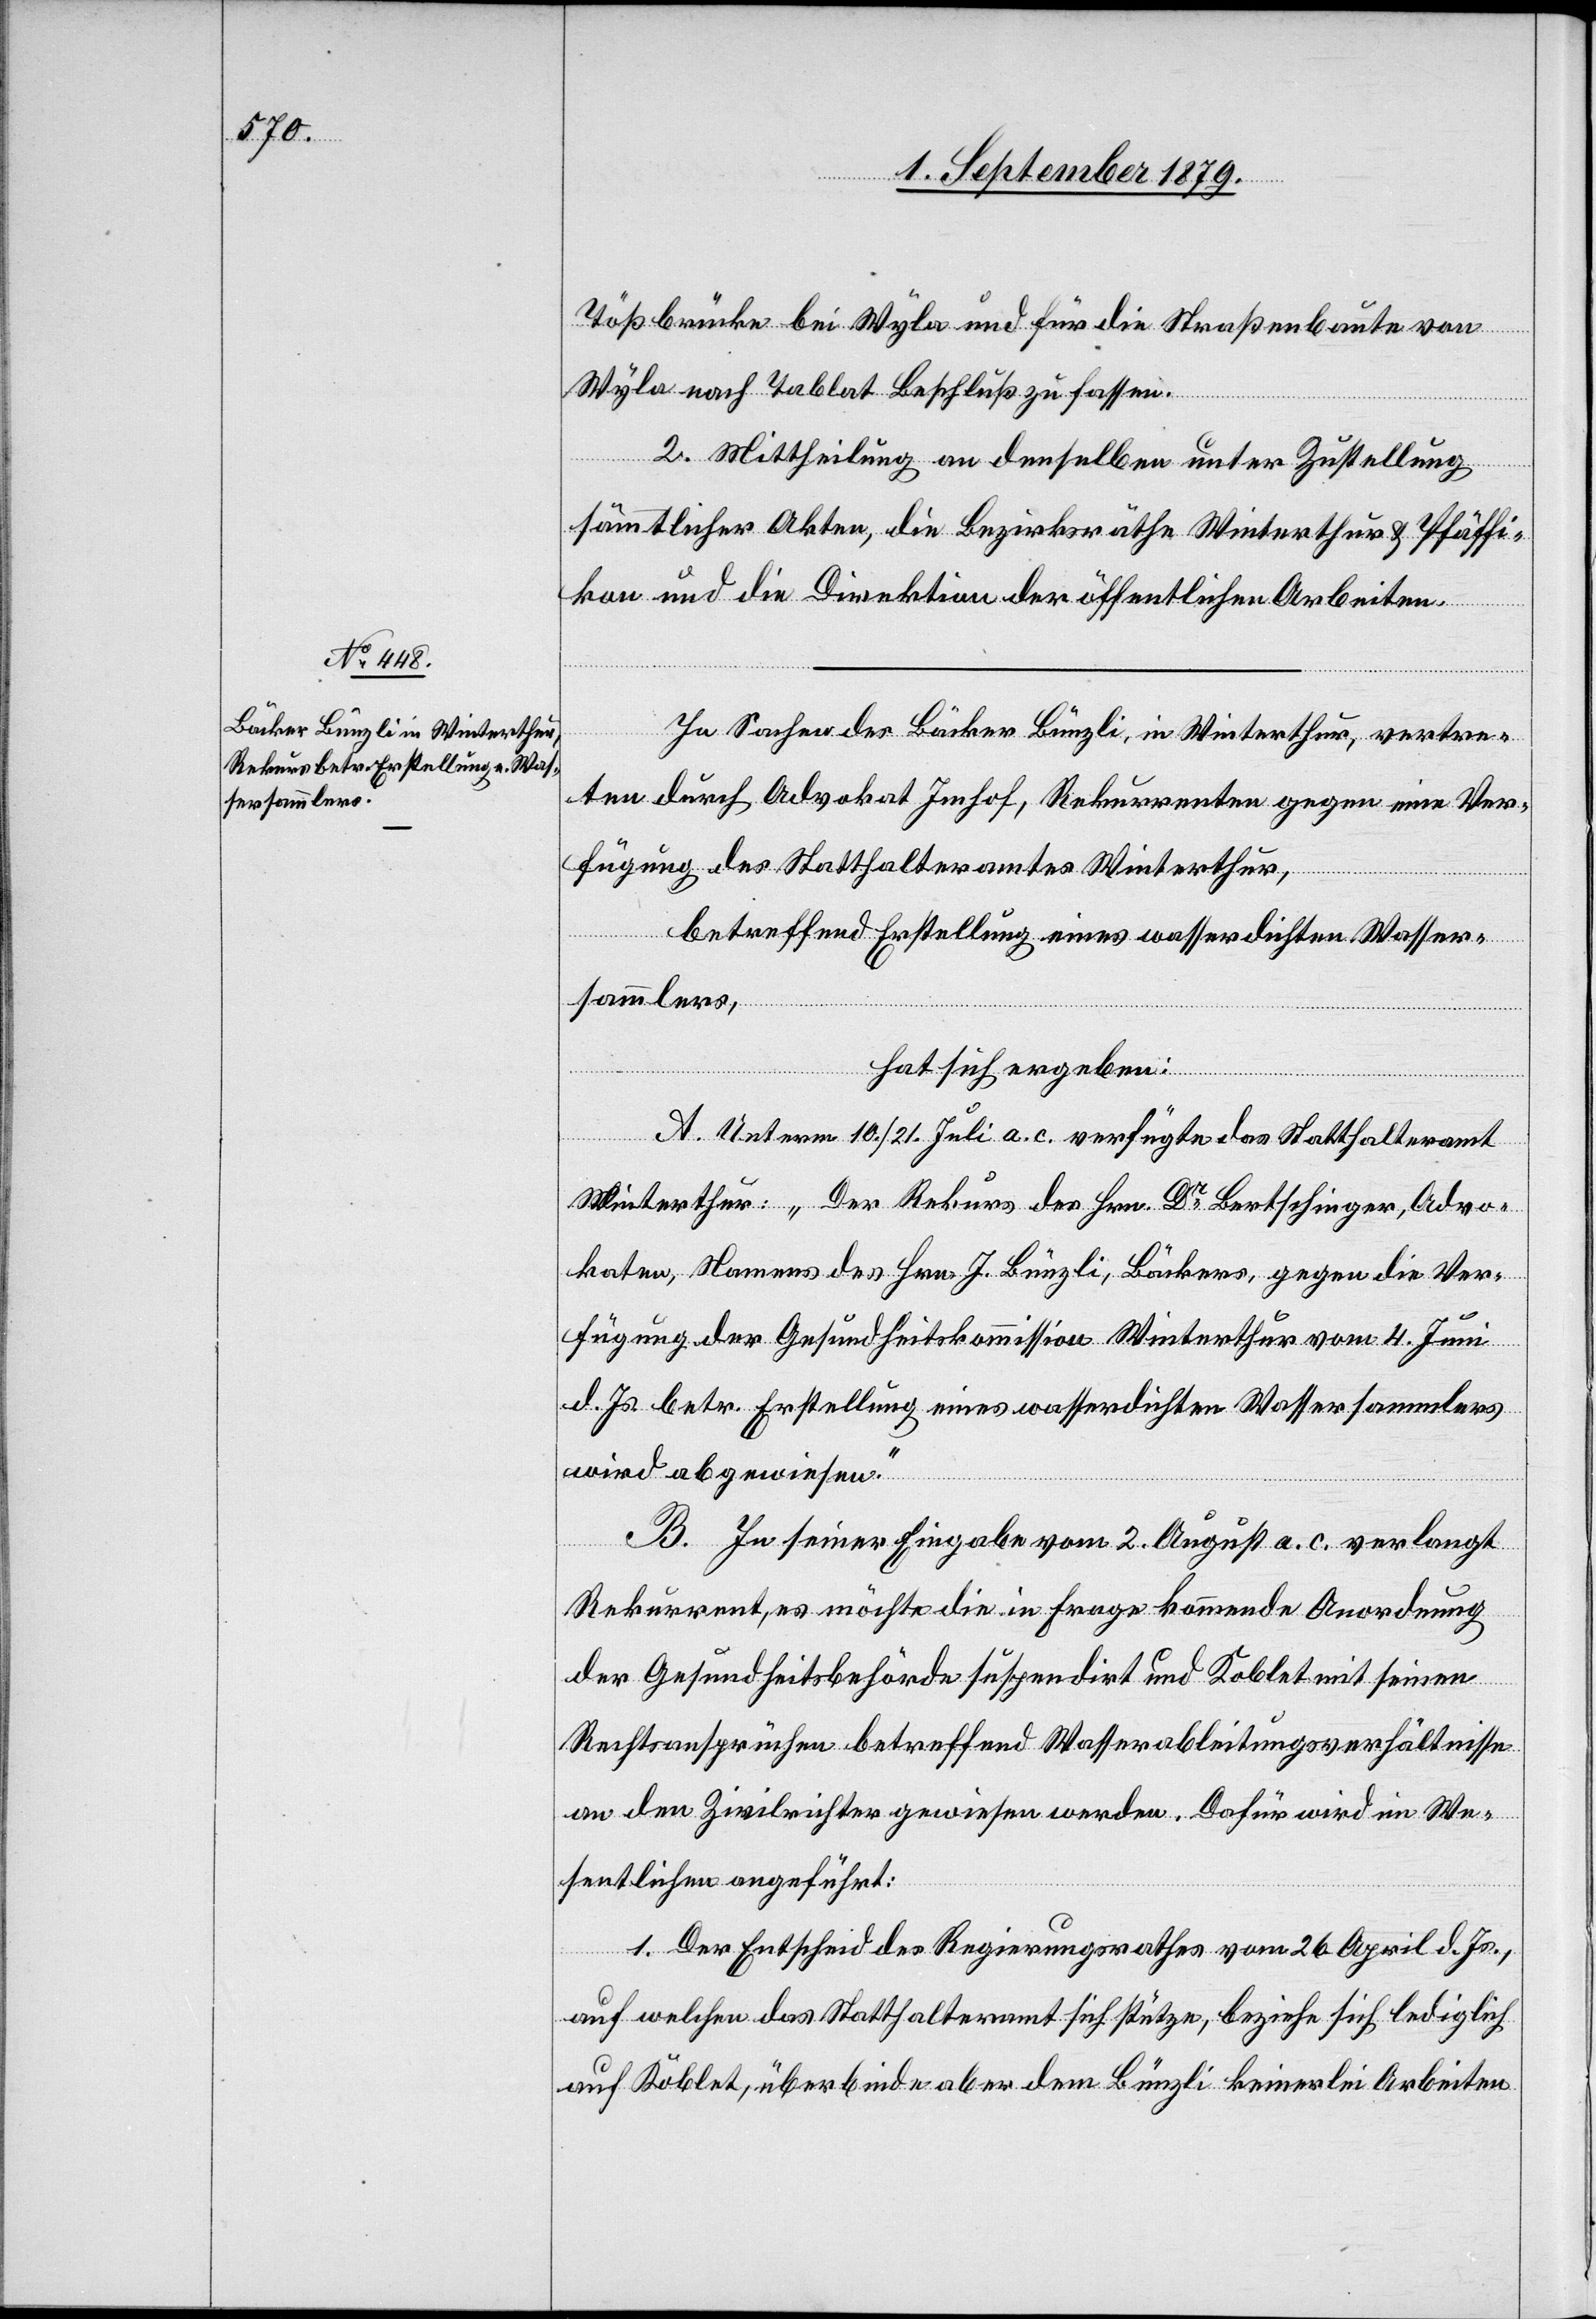
Wyla nach Tablat Beschluß zu fassen.
von
2. Mittheilung an denselben unter Zustellung
sämmtlicher Akten, die Bezirksräthe Winterthur & Pfäffi¬
kon und die Direktion der öffentlichen Arbeiten.
In Sachen des Bäcker Bünzli, in Winterthur, vertre¬
ten durch Advokat Imhof, Rekurrenten gegen eine Ver¬
fügung des Statthalteramtes Winterthur,
betreffend Erstellung eines wasserdichten Wasser¬
sammlers,
hat sich ergeben:
A. Unterm 10./21. Juli a. c. verfügte das Statthalteramt
Winterthur: „Der Rekurs des Hrn. Dr Bertschinger, Advo¬
katen, Namens des Hrn. J. Bünzli, Bäcker, gegen die Ver¬
fügung der Gesundheitskommission Winterthur vom 4. Juni
d. Js. betr. Erstellung eines wasserdichten Wassersammlers
wird abgewiesen.“
B. In seiner Eingabe vom 2. August a. c. verlangt
Rekurrent, es möchte die in Frage kommende Anordnung
der Gesundheitsbehörde suspendirt und Koblet mit seinem
Rechtsansprüchen betreffend Wasserableitungsverhältnisse
an den Zivilrichter gewiesen werden. Dafür wird im We¬
sentlichen angeführt:
1. Der Entscheid des Regierungsrathes vom 26. April d. Js.,
auf welchen das Statthalteramt sich stütze, beziehe sich lediglich
auf Koblet, überbinde aber dem Bünzli keinerlei Arbeiten